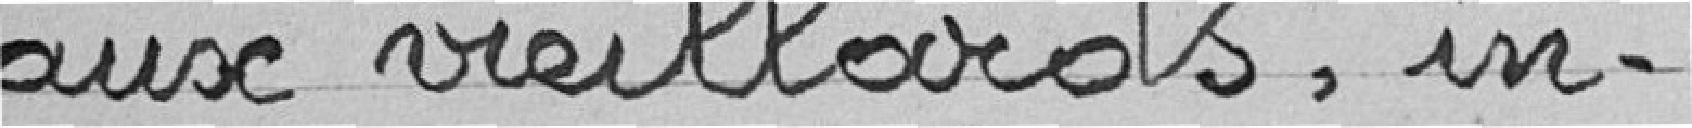
aux vielliards, in